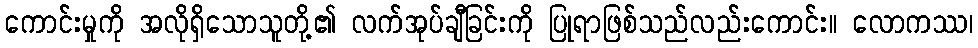
ကောင်းမှုကို အလိုရှိသောသူတို့၏ လက်အုပ်ချီခြင်းကို ပြုရာဖြစ်သည်လည်းကောင်း။ လောကဿ၊